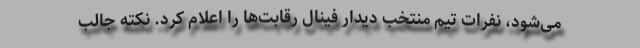
می‌شود، نفرات تیم منتخب دیدار فینال رقابت‌ها را اعلام کرد. نکته جالب